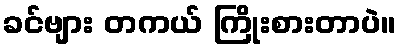
ခင်ဗျား တကယ် ကြိုးစားတာပဲ။